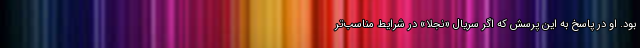
بود. او در پاسخ به این پرسش که اگر سریال «نجلا» در شرایط مناسب‌تر